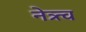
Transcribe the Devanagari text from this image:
नेत्र्त्व